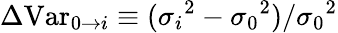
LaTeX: \Delta\mathrm{Var}_{0\rightarrow i}\equiv({\sigma_{i}}^{2}-{\sigma_{0}}^{2})/{\sigma_{0}}^{2}